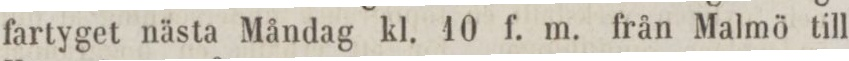
fartyget nästa Måndag kl. 10 f. m. från Malmö till